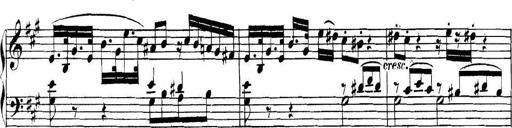
Title: Collected Piano Sonatas
Composer: Muzio Clementi